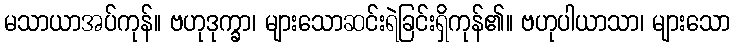
မသာယာအပ်ကုန်။ ဗဟုဒုက္ခာ၊ များသောဆင်းရဲခြင်းရှိကုန်၏။ ဗဟုပါယာသာ၊ များသော